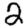
Digit: 2